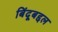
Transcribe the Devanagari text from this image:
बिंदूबद्दल